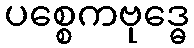
ပစ္စေကဗုဒ္ဓေ